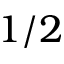
1 / 2